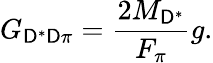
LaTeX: G_{\mathsf{D}^{\ast}\mathsf{D}\pi}=\frac{{2M_{\mathsf{D}^{\ast}}}}{{F_{\pi}}}g.